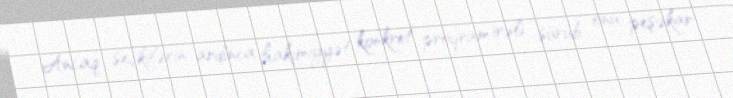
Ancaq seçkilərin ardınca hakimiyyət konkret proqram irəli sürüb onu peşəkar